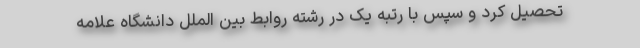
تحصیل کرد و سپس با رتبه یک در رشته روابط بین الملل دانشگاه علامه